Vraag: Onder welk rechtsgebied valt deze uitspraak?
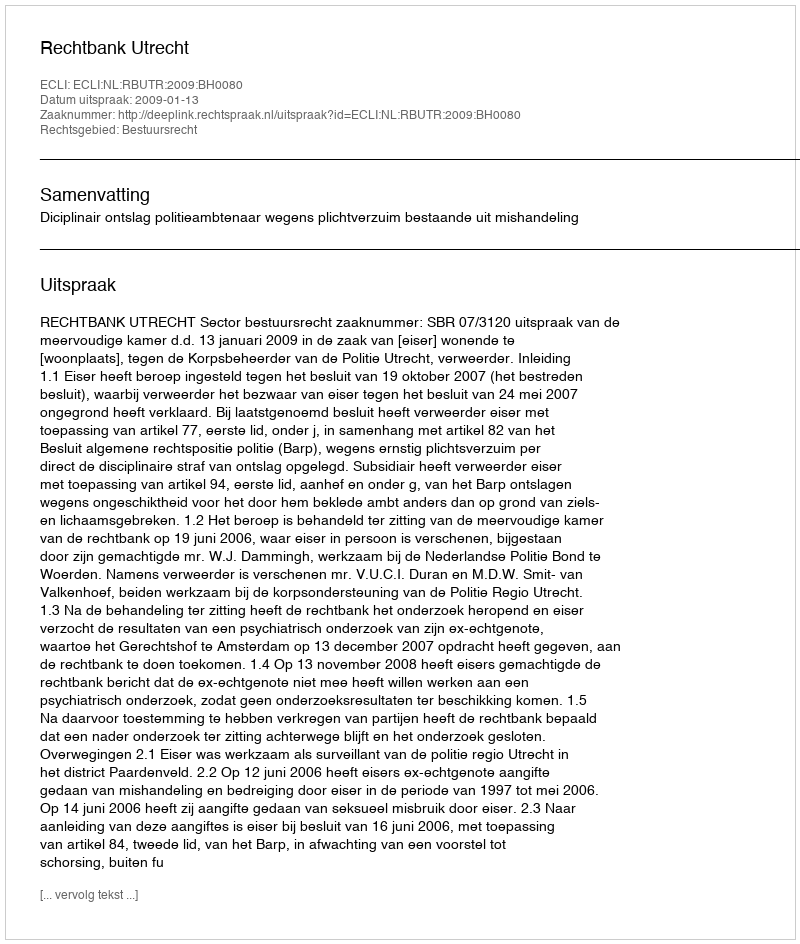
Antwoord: Bestuursrecht